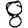
Digit: 8